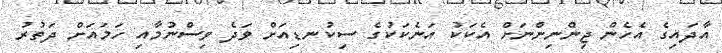
އާދައިގެ އެހެން ޖިންނިންނަށް އެކަކު އަނެކަކުގެ ސިކުނޑިއަށް ވަދެ ވިސްނުމާއި ހަމައަށް ދަތުރު